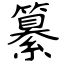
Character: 纂